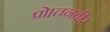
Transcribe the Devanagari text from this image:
प्रो।तनवीर